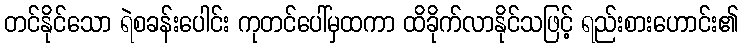
တင်နိုင်သော ရဲစခန်းပေါင်း ကုတင်ပေါ်မှထကာ ထိခိုက်လာနိုင်သဖြင့် ရည်းစားဟောင်း၏